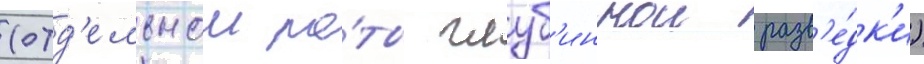
(отд'ельнои ро́ты глуб'иннои разв'е́дк'и)